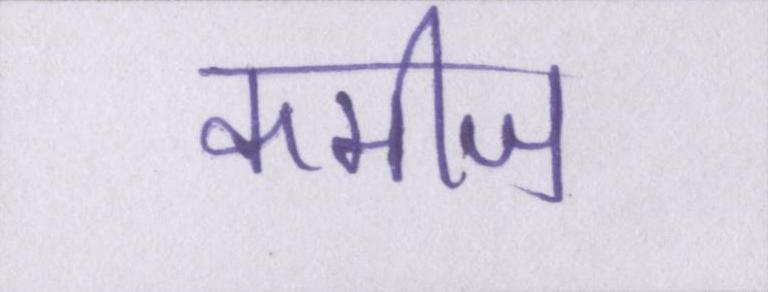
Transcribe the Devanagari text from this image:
कमीज